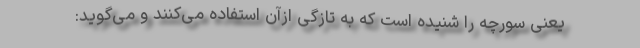
یعنی سورچه را شنیده است که به تازگی ازآن استفاده می‌کنند و می‌گوید: